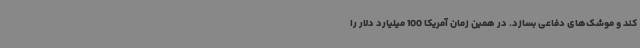
کند و موشک‌های دفاعی بسازد. در همین زمان آمریکا 100 میلیارد دلار را